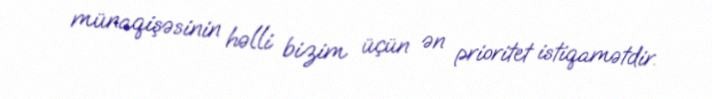
münaqişəsinin həlli bizim üçün ən prioritet istiqamətdir.